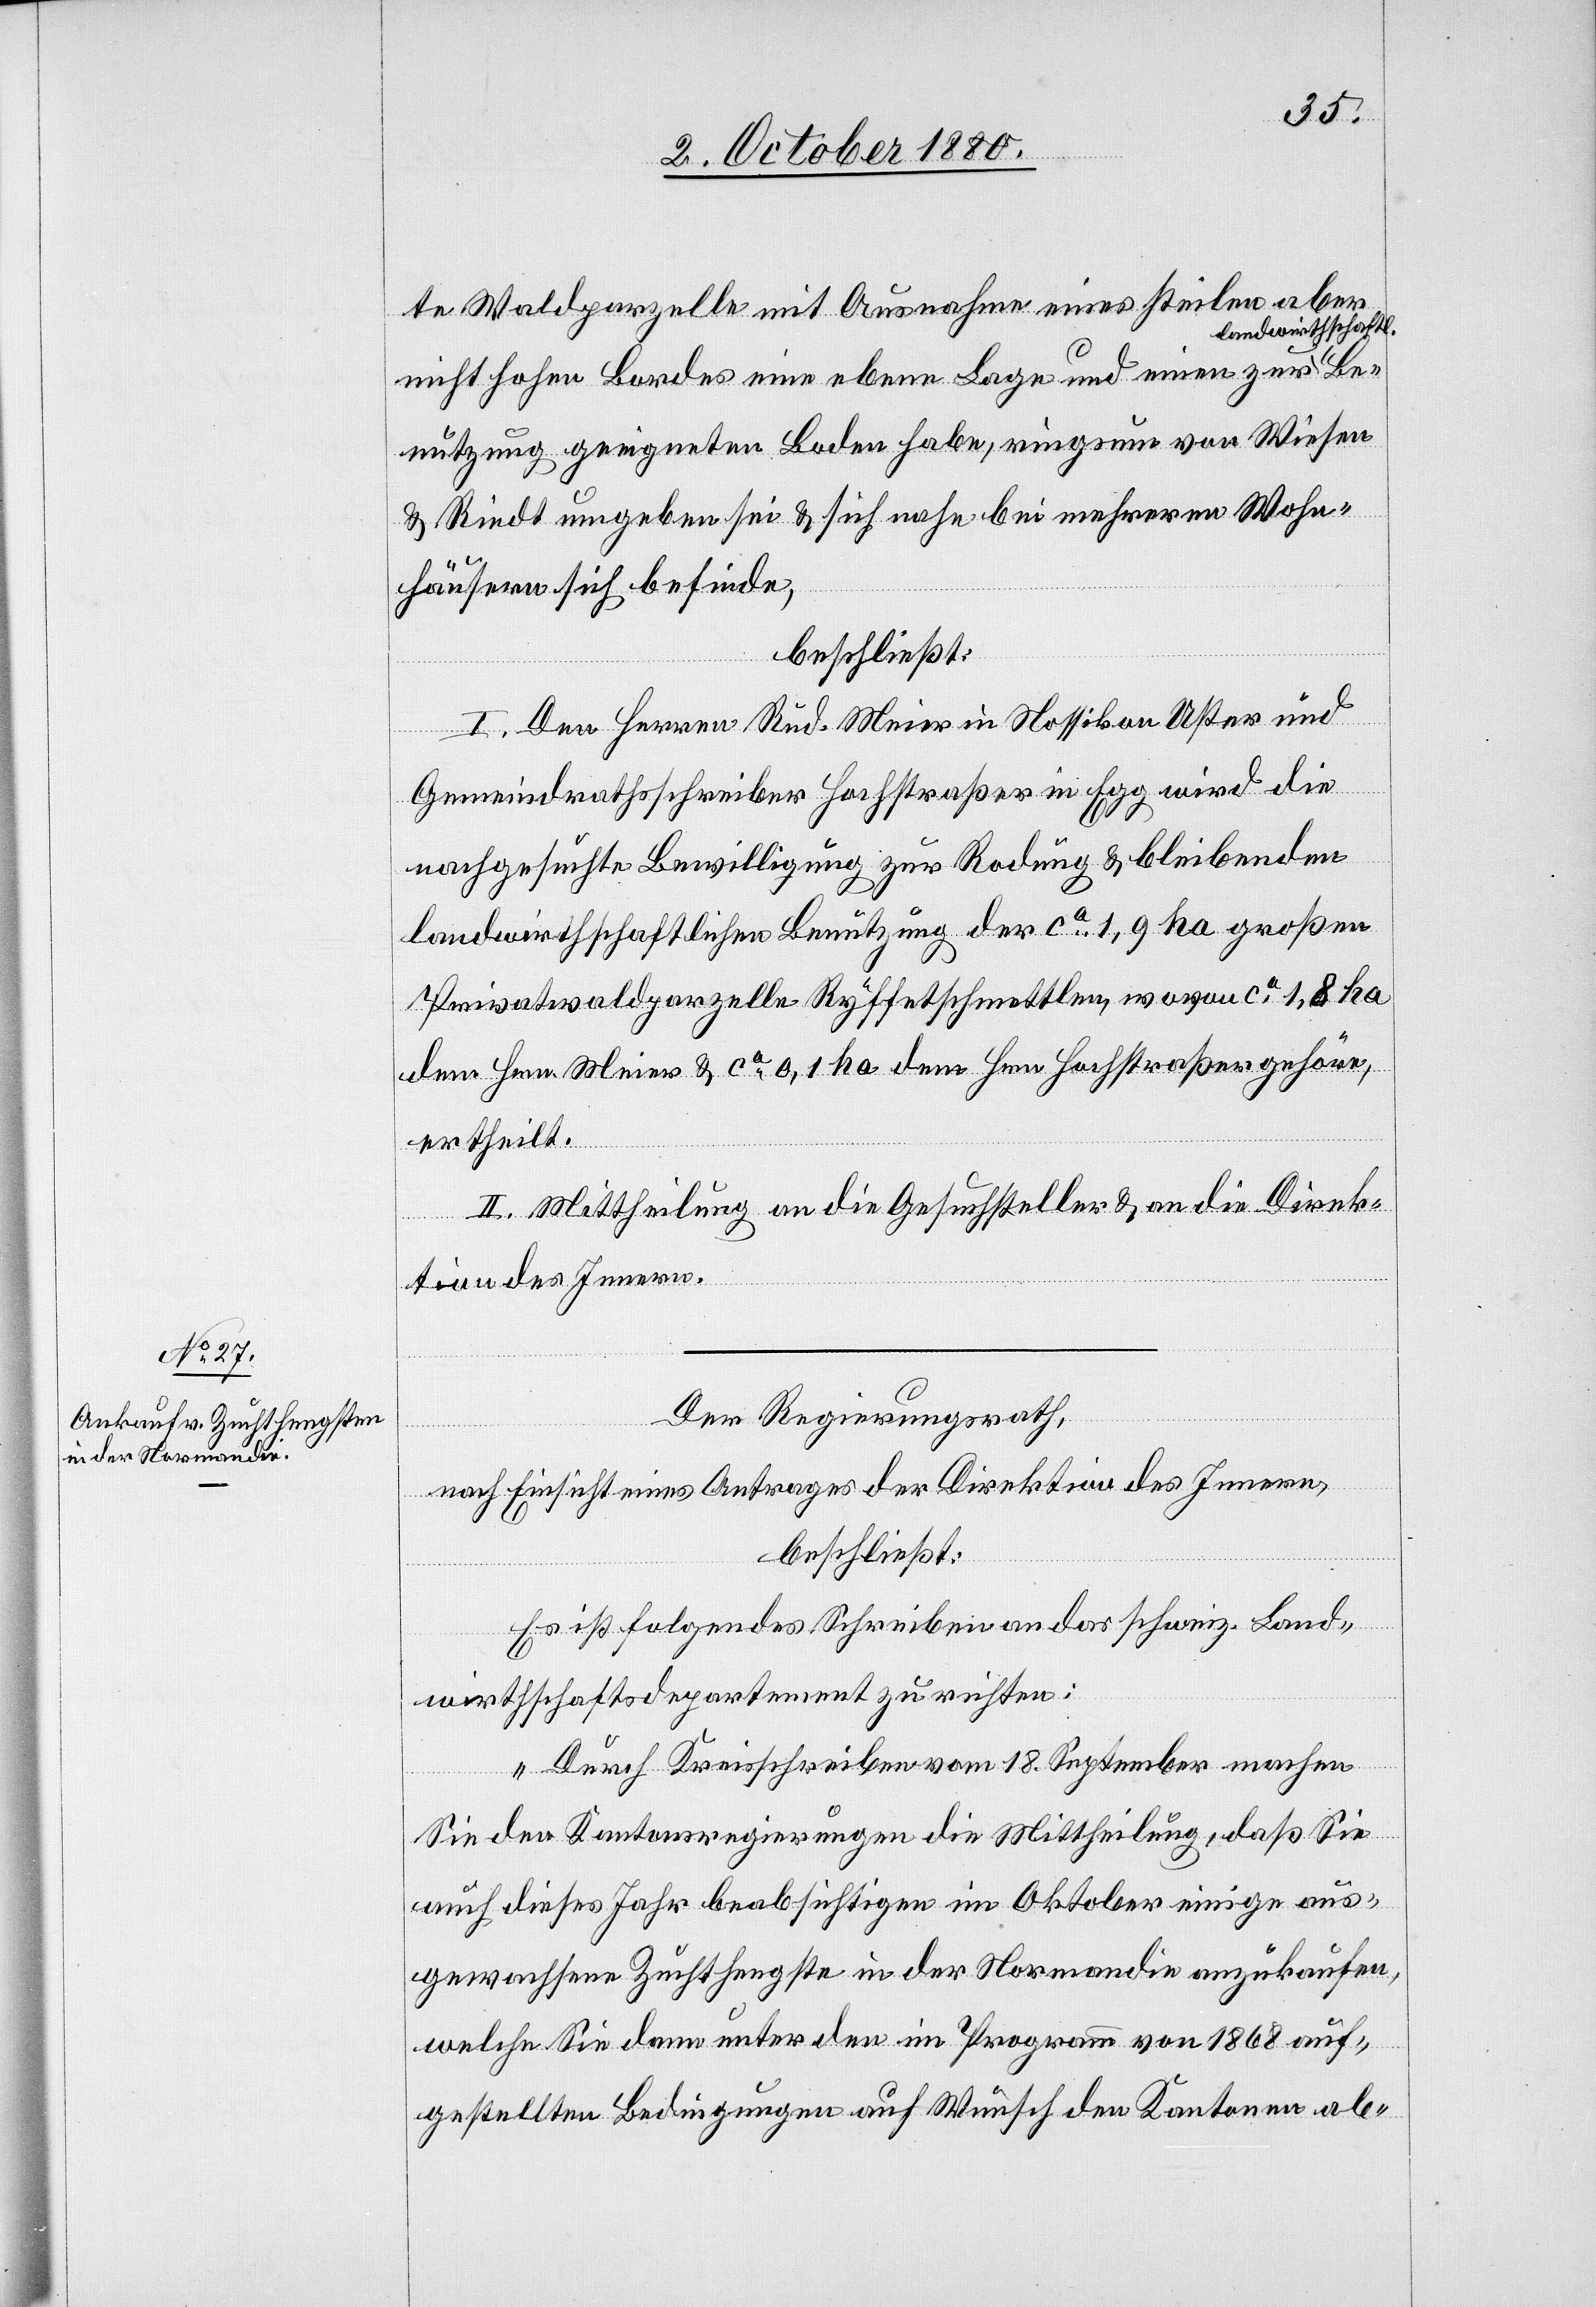
te Waldparzelle mit Ausnahme eines steilen aber
andwirthschaftl.
nicht hohen Bordes eine ebene Lage und einen zur l¬
Benutzung geeigneten Boden habe, ringsum von Wiesen
& Riedt umgeben sie & sich nahe bei mehreren Wohn¬
häusern sich befinde,
beschließt:
I. Den Herren Rud. Meier in Nossikon Uster und
Gemeindrathsschreiber Hochstraßer in Egg wird die
nachgesuchte Bewilligung zur Rodung & bleibenden
landwirthschaftlichen Benutzung der ca 1,9 ha großen
Privatparzelle Ryffetschmettlen, wovon ca 1,8 ha
dem Hrn. Meier & ca 0,1 ha dem Hrn. Hochstraßer gehöre,
ertheilt.
II. Mittheilung an die Gesuchsteller & an die Direk¬
tion des Innern.
Der Regierungsrath,
nach Einsicht eines Antrages der Direktion des Innern,
beschließt:
Es ist folgendes Schreiben an das schweiz. Land¬
wirthschaftsdepartement zu richten:
„Durch Kreisschreiben vom 18. September machen
Sie den Kantonsregierungen die Mittheilung, daß Sie
auch dieses Jahr beabsichtigen im Oktober einige aus¬
gewachsene Zuchthengste in der Normandie anzukaufen,
welche Sie dann unter den im Programm von 1868 auf¬
gestellten Bedingungen auf Wunsch den Kantonen ab-